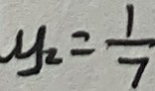
y _ { 2 } = \frac { 1 } { 7 }